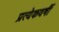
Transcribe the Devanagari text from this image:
प्रत्येकवर्षी